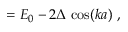
= E _ { 0 } - 2 \Delta \, \cos ( k a ) \ ,